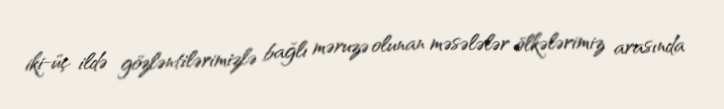
iki-üç ildə gözləntilərimizlə bağlı məruzə olunan məsələlər ölkələrimiz arasında